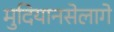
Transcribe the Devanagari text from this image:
मुदियानसेलागे